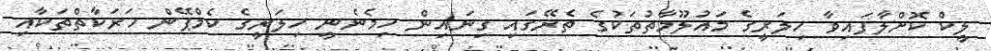
ލީކް ކޮށްލާފައިވާ ހިލަރީގެ މައުލޫމާތުތަކުގެ ތެރޭގައި ގިނައިން ހިމެނެނީ ހިލަރީގެ ކެމްޕޭން ހަރަކާތްތަކާއި